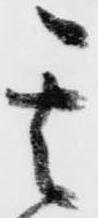
其